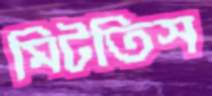
মিটতিস